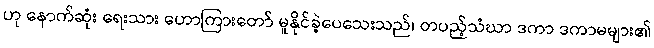
ဟု နောက်ဆုံး ရေးသား ဟောကြားတော် မူနိုင်ခဲ့ပေသေးသည်၊ တပည့်သံဃာ ဒကာ ဒကာမများ၏